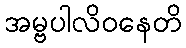
အမ္ဗပါလိဝနေတိ